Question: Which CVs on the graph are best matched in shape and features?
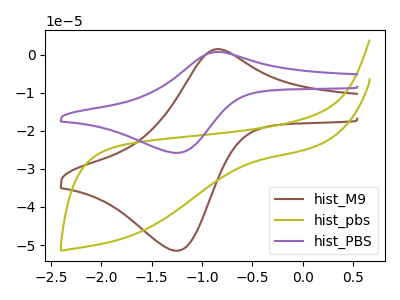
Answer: <think>The brown curve "hist_M9" has an anodic peak at (-0.85V, 1.45uA) and a cathodic peak at (-1.25V, -51.50uA). The olive curve "hist_pbs" has no peaks. The purple curve "hist_PBS" has an anodic peak at (-0.85V, 0.75uA) and a cathodic peak at (-1.25V, -25.80uA).
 "hist_M9" and "hist_pbs" have a different number of peaks. All the peaks in "hist_M9" have a peak in "hist_PBS" at the same potential. Every peak in "hist_M9" is higher than every peak in "hist_PBS". "hist_pbs" and "hist_PBS" have a different number of peaks.</think>
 <answer>"hist_M9" and "hist_PBS" have the same shape and are likely CV's of the same chemical.</answer>
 <eval>"hist_M9" "hist_PBS"</eval>